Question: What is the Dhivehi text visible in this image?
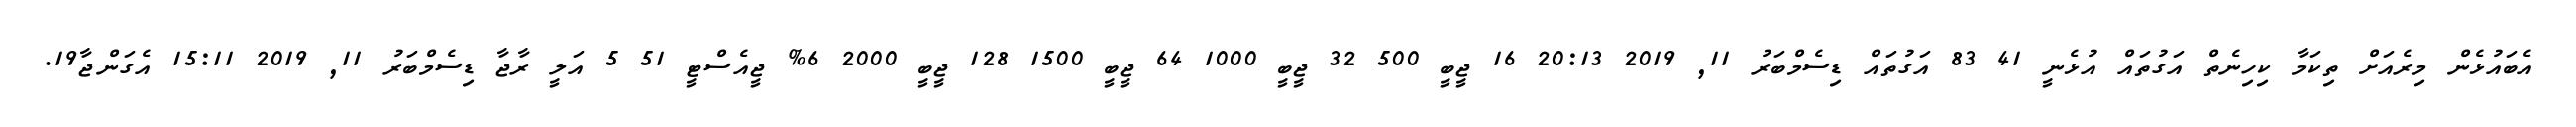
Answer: އެބައުޅެން މިރެއަށް ތިކަމާ ކިހިނެތް އަގުތައް އުޅެނީ 41 83 އަގުތައް ޑިސެމްބަރު 11, 2019 20:13 16 ޖީބީ 500 32 ޖީބީ 1000 64 ޖީބީ 1500 128 ޖީބީ 2000 6% ޖީއެސްޓީ 51 5 އަލީ ރާޖާ ޑިސެމްބަރު 11, 2019 15:11 އެގަންޖާ19.